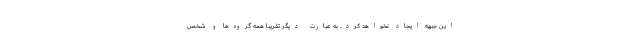
اين جبهه ايجاد نخواهد كرد. به عبارت ديگر تقريبا همه گروه‌ها و شخص